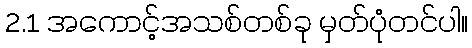
2.1 အကောင့်အသစ်တစ်ခု မှတ်ပုံတင်ပါ။